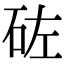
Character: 𥑰